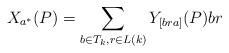
LaTeX: \begin{align*} X_{a^{\ast}}(P)=\displaystyle \sum_{b \in T_{k}, r \in L(k)} Y_{[bra]}(P)br\end{align*}